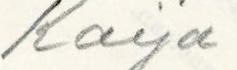
Kaija